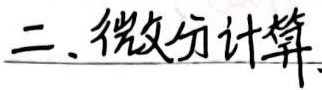
二、微分计算